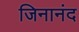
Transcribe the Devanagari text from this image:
जिनानंद